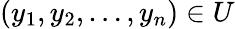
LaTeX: (y_{1},y_{2},\ldots,y_{n})\in U